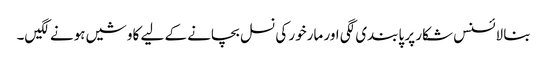
بنا لائسنس شکار پر پابندی لگی اور مارخور کی نسل بچانے کے لیے کاوشیں ہونے لگیں۔